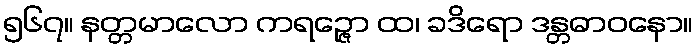
၅၆၇။ နတ္တမာလော ကရဉ္ဇော ထ၊ ခဒိရော ဒန္တဓာဝနော။